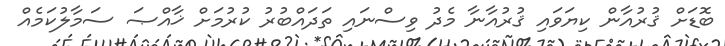
ބޮޑަށް ޤުރުއާން ކިޔަވައި ޤުރުއާނާ މެދު ވިސްނައި ތަދައްބުރު ކުރުމަށް ޚާއްޞަ ސަމާލުކަމެއް